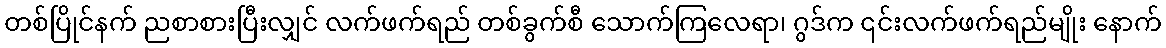
တစ်ပြိုင်နက် ညစာစားပြီးလျှင် လက်ဖက်ရည် တစ်ခွက်စီ သောက်ကြလေရာ၊ ဂွဒ်က ၎င်းလက်ဖက်ရည်မျိုး နောက်